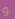
و